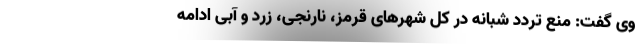
وی گفت: منع تردد شبانه در کل شهرهای قرمز، نارنجی، زرد و آبی ادامه